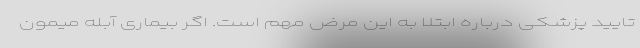
تایید پزشکی درباره ابتلا به این مرض مهم است. اگر بیماری آبله میمون